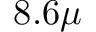
8 . 6 \mu